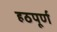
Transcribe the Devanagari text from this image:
हठपूर्ण